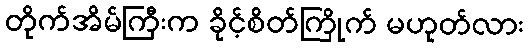
တိုက်အိမ်ကြီးက ခိုင့်စိတ်ကြိုက် မဟုတ်လား